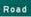
road